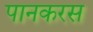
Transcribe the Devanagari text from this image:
पानकरस